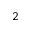
2